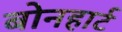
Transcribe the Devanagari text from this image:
बोनहार्ट